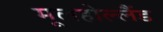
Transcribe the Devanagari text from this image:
मूलहोल्लैंड